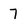
Character: 7